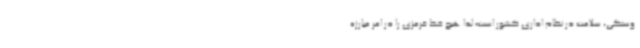
وستگی، سلامت در نظام اداری کشور است؛ لذا هیچ خط قرمزی را در امر مبارزه